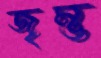
জৃম্ভ